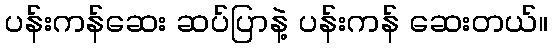
ပန်းကန်ဆေး ဆပ်ပြာနဲ့ ပန်းကန် ဆေးတယ်။